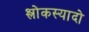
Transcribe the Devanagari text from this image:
श्लोकस्यादो